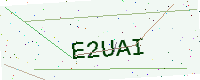
Text: E2UAI